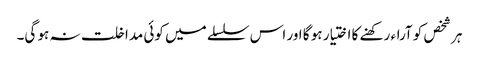
ہر شخص کو آراء رکھنے کا اختیار ہو گا اور اس سلسلے میں کوئی مداخلت نہ ہو گی۔